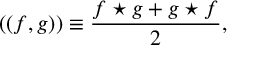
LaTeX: ( ( f , g ) ) \equiv { \frac { f \star g + g \star f } { 2 } } ,